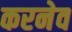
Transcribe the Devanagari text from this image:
करनेव